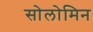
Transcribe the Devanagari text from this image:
सोलोमिन